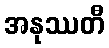
အနုဿတီ